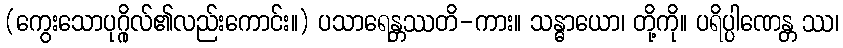
(ကွေးသောပုဂ္ဂိုလ်၏လည်းကောင်း။) ပသာရေန္တဿတိ-ကား။ သန္ဓာယော၊ တို့ကို။ ပရိပ္ပါဏေန္တ ဿ၊